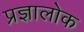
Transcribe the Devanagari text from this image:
प्रज्ञालोक